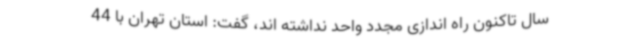
سال تاکنون راه اندازی مجدد واحد نداشته اند،‌ گفت: استان تهران با 44